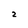
Character: 2